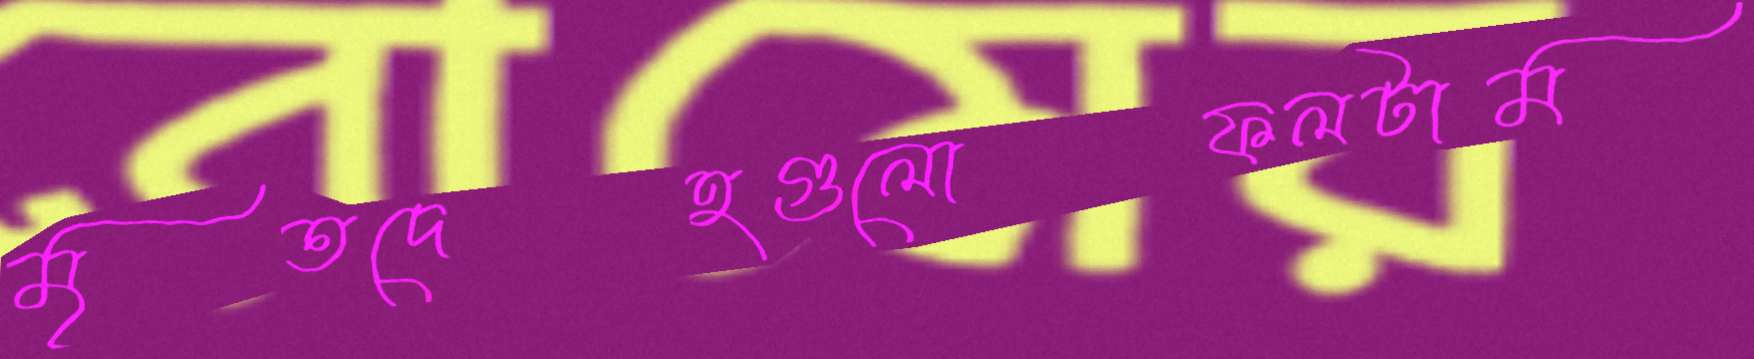
মৃতদেহগুলোফলটাম